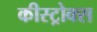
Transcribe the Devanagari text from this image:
कीस्ट्रोक्स